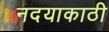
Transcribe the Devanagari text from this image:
नदयाकाठी